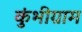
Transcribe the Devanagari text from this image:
कुंभीग्राम